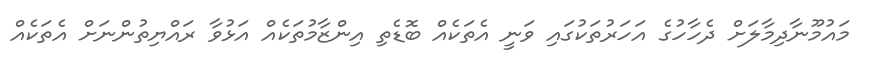
މައުމޫނާދިމާލަށް ދެހާހުގެ އަހަރުތަކުގައި ވަނީ އެތަކެއް ބޮޑެތި އިންޒާމުތަކެއް އަޅުވާ ރައްޔިތުންނަށް އެތަކެއް